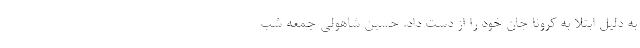
به دلیل ابتلا به کرونا جان خود را از دست داد. حسین شاهولی جمعه شب